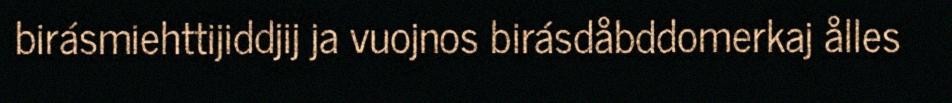
birásmiehttijiddjij ja vuojnos birásdåbddomerkaj ålles